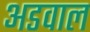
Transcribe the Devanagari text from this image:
अडवाल